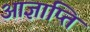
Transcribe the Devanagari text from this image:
आज्ञाप्ति